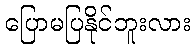
ပြောမပြနိုင်ဘူးလား